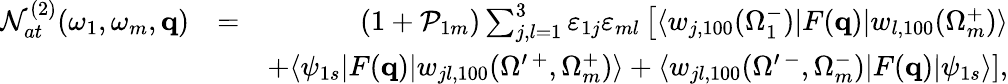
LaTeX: \begin{array}{rlr}{{\cal N}_{at}^{(2)}(\omega_{1},\omega_{m},\mathbf{q})}&{=}&{(1+{\cal P}_{1m})\sum_{j,l=1}^{3}\varepsilon_{1j}\varepsilon_{ml}\left[\langle w_{j,100}(\Omega_{1}^{-})|F(\mathbf{q})|{w}_{l,100}(\Omega_{m}^{+})\rangle\right.}\\ &{}&{\left.+\langle\psi_{1s}|F(\mathbf{q})|w_{jl,100}({\Omega}^{\prime\, +},\Omega_{m}^{+})\rangle+\langle w_{jl,100}({\Omega}^{\prime\, -},\Omega_{m}^{-})|F(\mathbf{q})|\psi_{1s}\rangle\right],}\end{array}